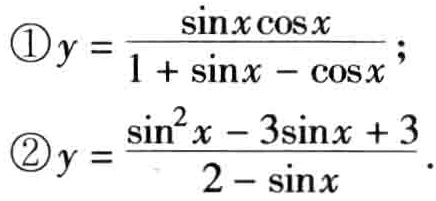
\textcircled{1}$y = \frac{\sin x\cos x}{1 + \sin x - \cos x}$;
\textcircled{2}$y = \frac{\sin^{2}x - 3\sin x + 3}{2 - \sin x}$.